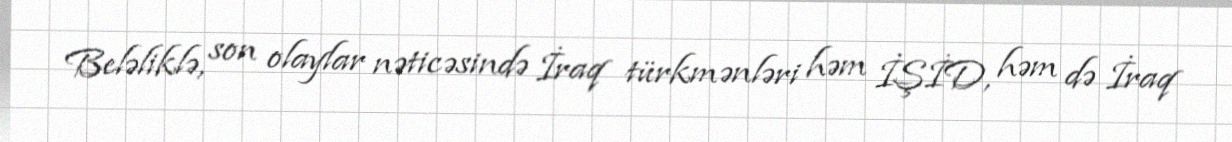
Beləliklə, son olaylar nəticəsində İraq türkmənləri həm İŞİD, həm də İraq